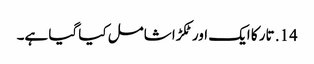
14. تار کا ایک اور ٹکڑا شامل کیا گیا ہے۔